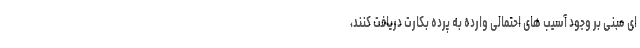
ای مبنی بر وجود آسیب های احتمالی وارده به پرده بکارت دریافت کنند،